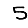
Digit: 5